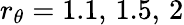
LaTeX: r_{\theta}=1.1,\, 1.5,\, 2